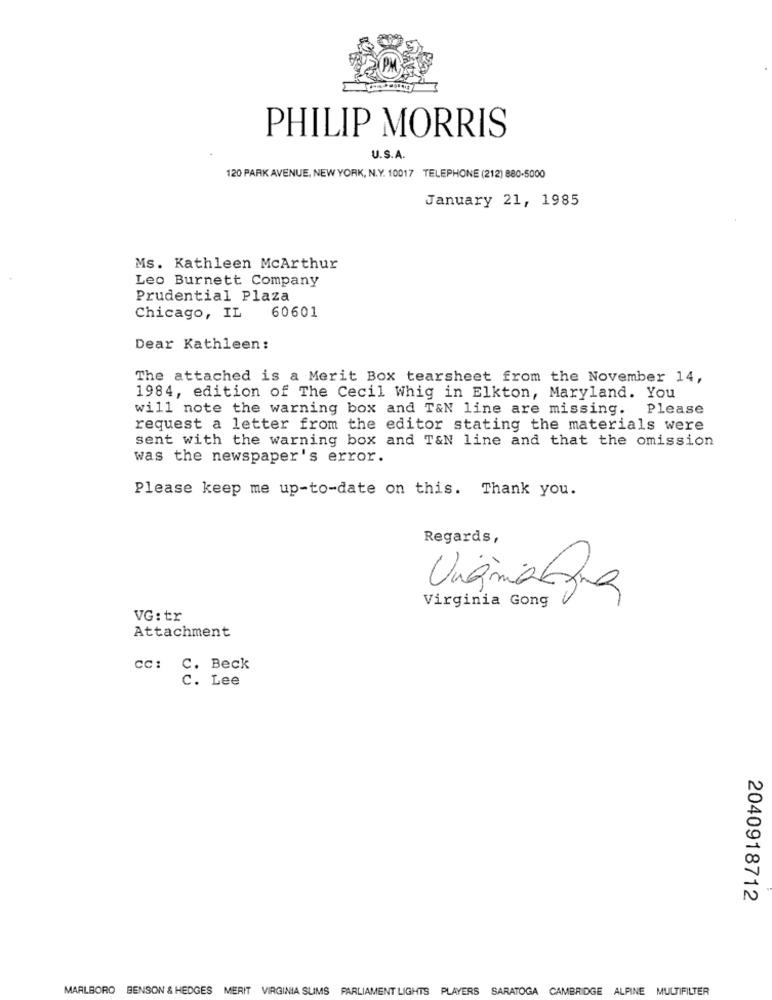
PHILIP MORRIS
U.S.A.
120 PARK AVENUE, NEW YORK, N.Y. 10017 TELEPHONE (212) 880-5000
January 21, 1985
Ms. Kathleen McArthur
Leo Burnett Company
Prudential Plaza
Chicago, IL
60601
Dear Kathleen:
The attached is a Merit Box tearsheet from the November 14,
1984, edition of The Cecil Whig in Elkton, Maryland. You
will note the warning box and T&N line are missing. Please
request a letter from the editor stating the materials were
sent with the warning box and T&N line and that the omission
was the newspaper's error.
Please keep me up-to-date on this. Thank you.
Regards,
Virginia Gong
VG: tr
Attachment
CC:
C. Beck
c. Lee
2040918712
MARLBORO BENSON & HEDGES MERIT VIRGINIA SLIMS PARLIAMENT LIGHTS PLAYERS SARATOGA CAMBRIDGE ALPINE MULTIFILTER